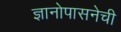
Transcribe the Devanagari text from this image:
ज्ञानोपासनेची